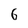
Character: 6